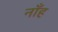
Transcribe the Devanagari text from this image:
नाँह